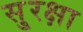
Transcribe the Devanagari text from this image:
सु्रक्षा